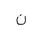
Letter: _non